Board of Education Examinations in Art and in Science and Technology, and Examinations of the City and Guilds of London Institute, 1917, 1917
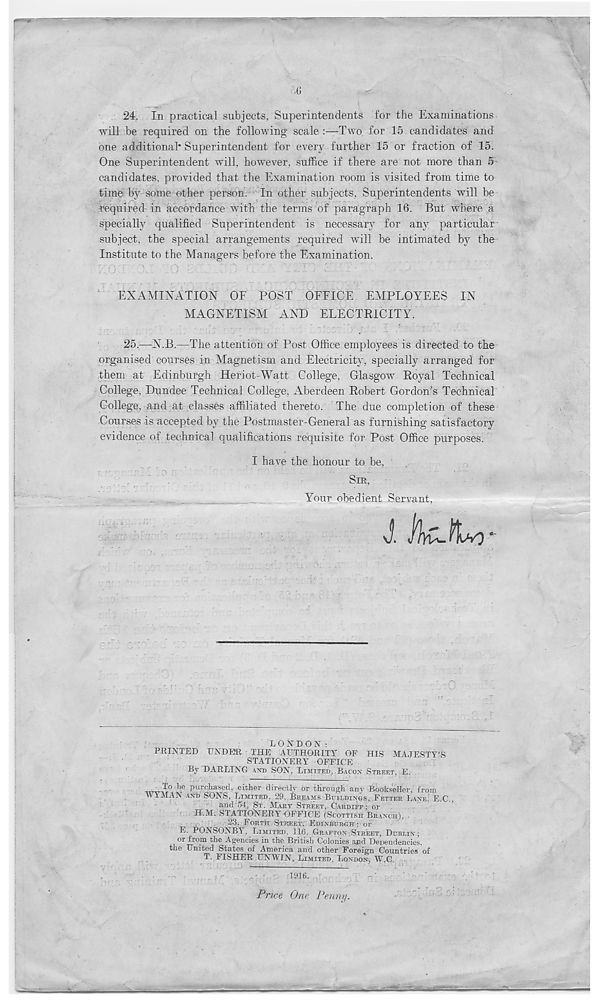
.6
24. In practical subjects, Superintendents for the Examinations
will be required on the following scale
Two for 15 candidates and
one additional* Superintendent for every further 15 or fraction of 15.
One Superintendent will, however, suffice if there are not more than 5 ;
candidates, provided that the Examination room is visited from time to
time by some other person. In other subjects, Superintendents will be
required in accordance with the terms of paragraph 16. But where a
specially qualified Superintendent is necessary for any particular
subject, the special arrangements required will be intimated by the
Institute to the Managers before the Examination.
EXAMINATION OF POST OFFICE EMPLOYEES IN
MAGNETISM AND ELECTRICITY.
25.
—N.B.—The attention of Post Of
organised courses in Magnetism and Electricity, specially arranged for
them at Edinburgh Heriot-Watt College, Glasgow Royal Technical
College, Dundee Technical College, iVberdeen Robert Gordon’s Technical
College, and at classes affiliated thereto. The due completion of these
Courses is accepted by the Postmaster-General as furnishing satisfactory
evidence of technical qualifications requisite for Post Office purposes.
I have the honour to be,
SIR,
Your obedient Servant,
J. fhC-ttvy
L O N D O N :
PRINTED UNDER. THE AUTHORITY OF HIS MAJESTY’!?
STATIONERY OFFICE
By DARLING AND SON, LIMITED,.BACON STREET, E.
w
k® Purchased, either directly or through anv Bookseller, from
WYMAN AND SONS, LIMITED, 29, BREAMS BUILDINGS, FETTER LANE. E.C.,
and 54, ST. MART STREET, CARDIFF : or
H.M. STATIONERY OFFICE (SCOTTISH BRANCH), ■
23, FORTH STREET, EDINBURGH : or
E. PONSONBY,.LIMITED, 116, GRAFTON STREET, DUBLIN;
or from the Agencies in the British Colonies and Dependencies,
the United States of America and other Foreign Countries of
T. FISHER UNWIN, LIMITED, LONDON, W.C.
■
^
, •
1916.
: rri .
" • '
Pnce One Penny.